Vaccine operations Central Provinces & Berar 1912-1920 - 1912-1920
Year: 1912
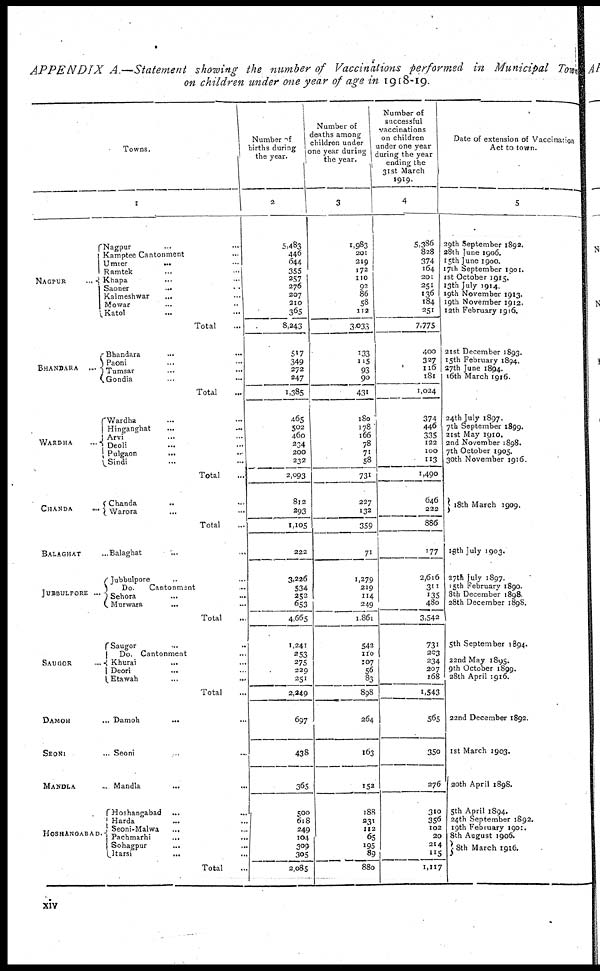
APPENDIX
A.—Statement showing the number of Vaccinations performed in Municipal Town
on children under one year of age in 1918-19.
Towns.
1
NAGPUR
...
Nagpur ... ...
Kamptee Cantonment ... ...
Umrer
...
...
Ramtek ... ...
Khapa
...
...
Saoner
...
...
Kalmeshwar
... ...
Mowar ... ...
Katol ... ...
Total ...
BHANDARA
...
Bhandara ... ...
Paoni ... ...
Tumsar ... ...
Gondia ... ...
Total ...
WARDHA
...
Wardha ... ...
Hinganghat
...
...
Arvi
...
...
Deoli ... ...
Pulgaon
... ...
Sindi ... ...
Total ...
CHANDA
...
Chanda ... ...
Warora ... ...
Total ... ...
BALAGHAT ...
JUBBULPORE ...
Balaghat ... ...
Jubbulpore ... ...
Do.
Cantonment ...
Sehora ... ...
Murwara
... ...
Total ...
SAUGOR
...
Saugor ... ...
Do. Cantonment ...
Khurai ... ...
Deori ... ...
Etawah ... ...
Total ...
DAMOH ...
SEONI ...
MANDLA ...
HOSHANGABAD.
Damoh ... ...
Seoni ... ...
Mandla
... ...
Hoshangabad ...
...
Harda ... ...
Seoni-Malwa
... ...
Pachmarhi
...
...
Sohagpur ... ...
Itarsi
... ...
Total
Number of
births during
the year.
2
5,483
446
644
355
257
276
207
210
365
8,243
517
349
272
247
1,385
465
502
460
234
200
232
2,093
812
293
1,105
222
3,226
534
252
653
4,665
1,241
253
275
229
251
2,249
697
438
365
500
618
249
104
309
305
2,085
Number of
deaths among
children under
one year during
the year.
3
1,983
201
219
172
110
92
86
58
112
3,033
133
115
93
90
431
180
178
166
78
71
58
731
227
132
359
71
1,279
219
114
249
1,861
542
110
107
56
83
898
264
163
152
188
231
112
65
195
89
880
Number of
successful
vaccinations
on children
under one year
during the year
ending the
31st March
1919.
4
5,386
828
374
164
201
251
136
184
251
7,775
400
327
116
181
1,024
374
446
335
122
100
113
1,490
646
222
886
177
2,616
311
135
480
3,542
731
203
234
207
168
1,543
565
350
276
310
356
102
20
214
115
1,117
Date of extension of Vaccination
Act to town.
5
29th September 1892.
28th June 1906.
15th June 1900.
17th September 1901.
1st October 1915.
13th July 1914.
19th November 1913.
19th November 1912.
12th February 1916.
21st December 1893.
15th February 1894.
27th June 1894.
16th March 1916.
24th July 1897.
7th September 1899.
21st May 1910.
2nd November 1898.
7th October 1905.
30th November 1916.
18th March 1909.
18th July 1903.
27th July 1897.
15th February 1890.
8th December 1898.
28th December 1898.
5th September 1894.
22nd May 1895.
9th October 1899.
28th April 1916.
22nd December 1892.
1st March 1903.
20th April 1898.
5th April 1894.
24th September 1892.
19th February 1901.
8th August 1906.
8th March 1916.
xiv